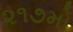
૨૧૭મો